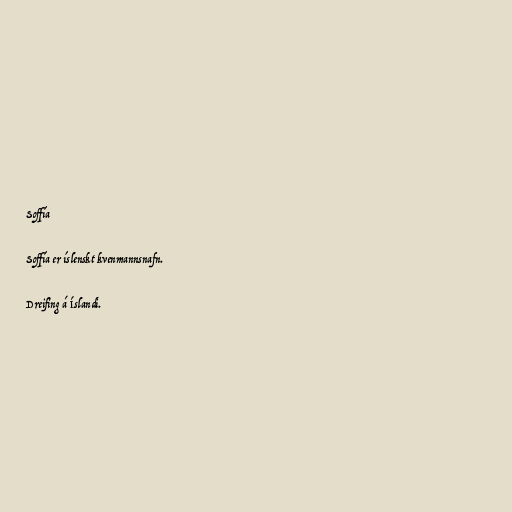
Soffía

Soffía er íslenskt kvenmannsnafn.

Dreifing á Íslandi.